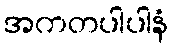
အကတပါပါနံ